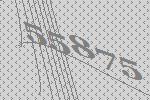
55875